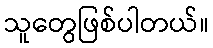
သူတွေဖြစ်ပါတယ်။